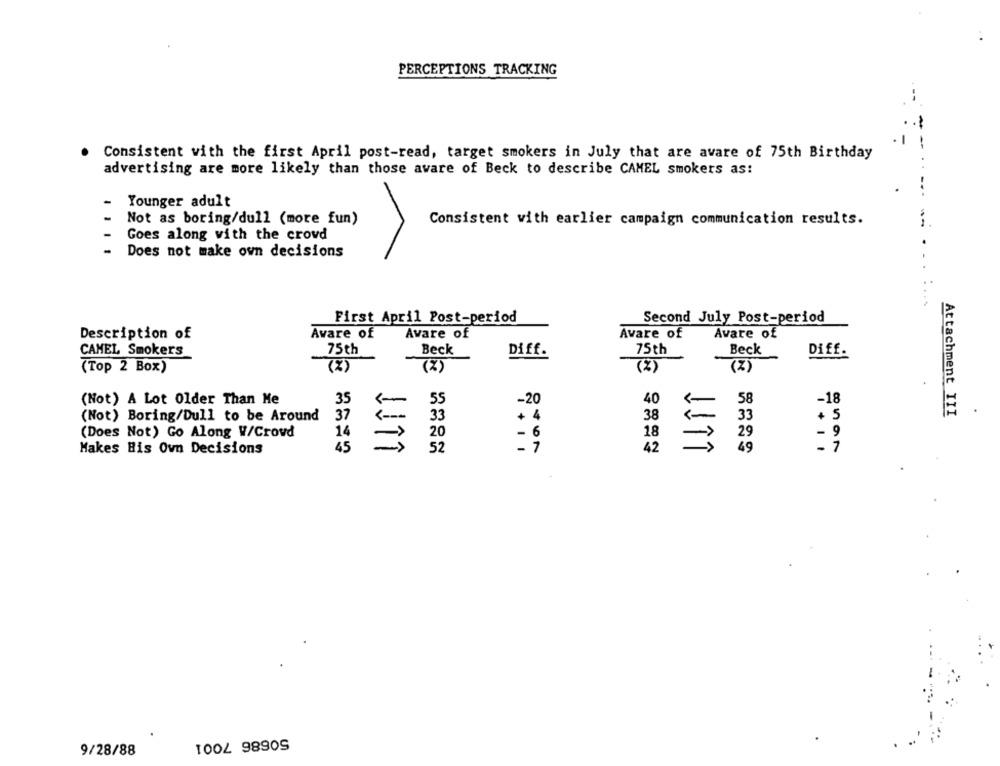
PERCEPTIONS TRACKING
-
Consistent with the first April post-read, target smokers in July that are avare of 75th Birthday
advertising are more likely than those avare of Beck to describe CAMEL smokers as:
Younger adult
Not as boring/dull (more fun)
Consistent with earlier campaign communication results.
Goes along with the crowd
Does not make own decisions
...
First April Post-period
Second July Post-period
Description of
Avare of
Avare of
Avare of
Avare of
75th
Beck
Diff.
75th
Beck
Diff.
CAMEL Smokers
(2)
(%)
(%)
(2)
(Top 2 Box)
55
40
(Not) A Lot Older Than Me
35
-20
-
58
-18
37
Attachment III
(Not) Boring/Dull to be Around
33
38
33
+ 5
9
(Does Not) Go Along W/Crowd
14
20
- 6
18
29
-
7
Makes His Own Decisions
45
-
52
42
IIÎÎ
49
TOOL 98909
9/28/88